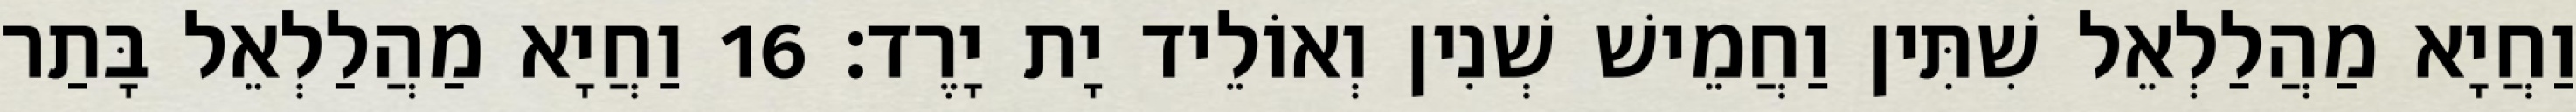
וַחֲיָא מַהֲלַלְאֵל שִׁתִּין וַחֲמֵישׁ שְׁנִין וְאוֹלֵיד יָת יָרֶד׃ 16 וַחֲיָא מַהֲלַלְאֵל בָּתַר